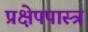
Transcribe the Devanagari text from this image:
प्रक्षेपपास्त्र